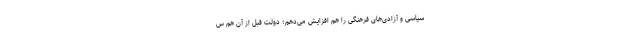
سیاسی و آزادی‌های فرهنگی را هم افزایش می‌دهم؛ دولت قبل از آن هم س